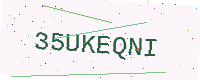
Text: 35UKEQNI